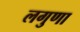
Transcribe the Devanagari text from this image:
लगुणा